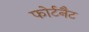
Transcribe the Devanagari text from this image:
फोर्टनैट